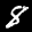
Label: 8